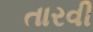
તારવી